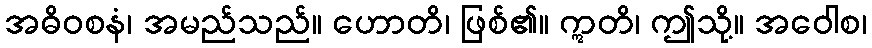
အဓိဝစနံ၊ အမည်သည်။ ဟောတိ၊ ဖြစ်၏။ ဣတိ၊ ဤသို့။ အဝေါစ၊